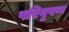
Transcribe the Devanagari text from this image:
परिवृषण